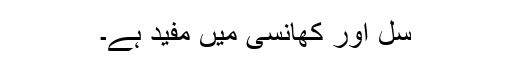
سِل اور کھانسی میں مفید ہے۔